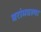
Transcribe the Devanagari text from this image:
घरांमधल्या